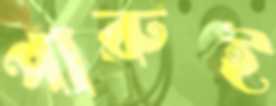
পারুই